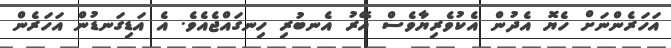
އަހަރެންނަށް ހެޔޮ އެދުން އެކުވެރިޔާވެސް އޭރު އެނބުރި ހިނގައްޖެއެވެ. އެ އަޑިގަނޑުން އަހަރެން